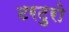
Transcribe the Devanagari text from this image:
टरटुरो